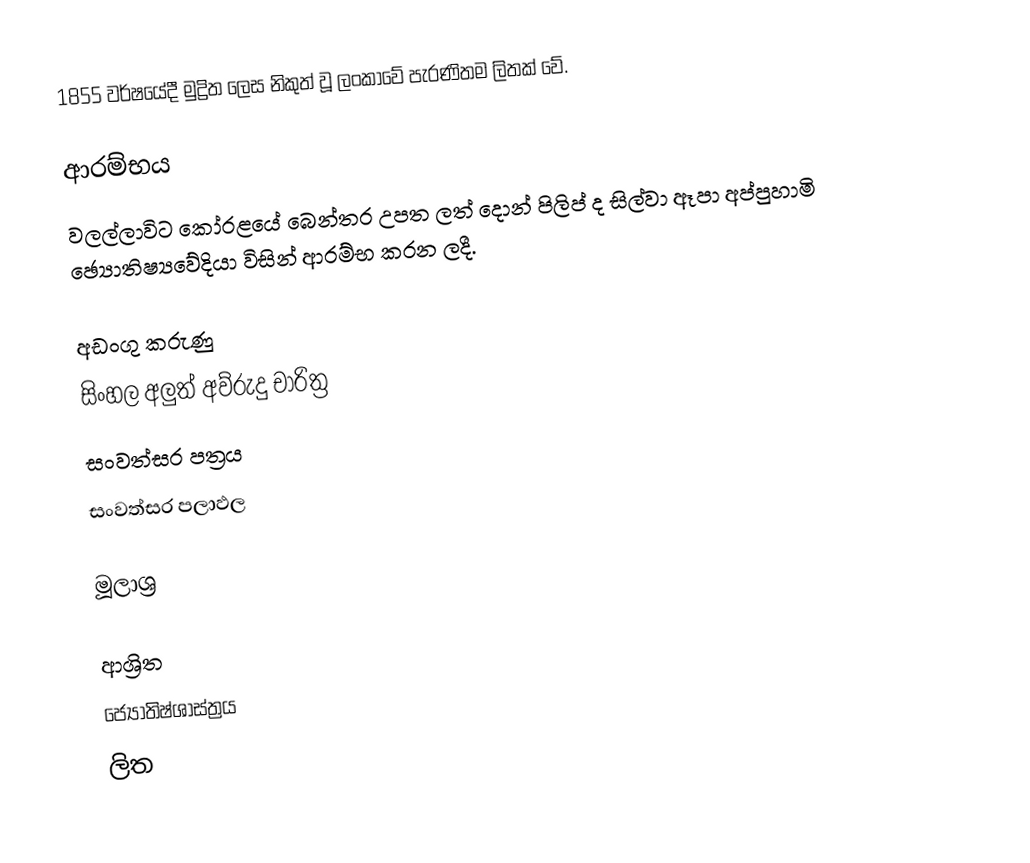
1855 වර්ෂයේදී මුද්‍රිත ලෙස නිකුත් වූ ලංකාවේ පැරණිතම ලිතක් වේ.

ආරම්භය
වලල්ලාවිට කෝරළයේ බෙන්තර උපත ලත් දොන් පිලිප් ද සිල්වා ඈපා අප්පුහාමි ඡ්‍යොතිෂ්‍යවේදියා විසින් ආරම්භ කරන ලදී.

අඩංගු කරුණු
 සිංහල අලුත් අව්රුදු චාරිත්‍ර
 සංවත්සර පත්‍රය
 සංවත්සර පලාඵල

මූලාශ්‍ර

ආශ්‍රිත
 ජ්‍යෝතිෂ්ශාස්ත්‍රය
 ලිත